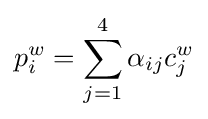
p_{i}^{w}=\sum _{j=1}^{4}{\alpha _{ij}c_{j}^{w}}